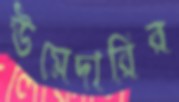
উমেদারির